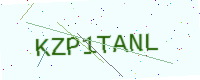
Text: KZP1TANL